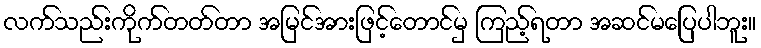
လက်သည်းကိုက်တတ်တာ အမြင်အားဖြင့်တောင်မှ ကြည့်ရတာ အဆင်မပြေပါဘူး။